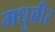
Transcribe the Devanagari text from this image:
मधुबीर